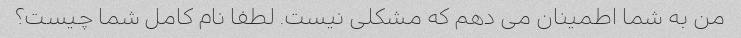
من به شما اطمینان می دهم که مشکلی نیست. لطفا نام کامل شما چیست؟